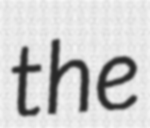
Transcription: the